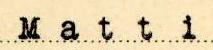
Matti